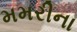
મમરીના